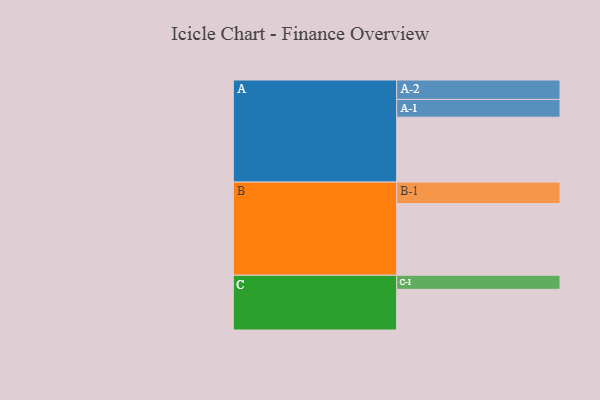
{"axis": {"x": "Segment", "y": "Value"}, "legend": ["", "A", "B", "C"], "data": [{"x": "A", "y": 507, "type": ""}, {"x": "B", "y": 560, "type": ""}, {"x": "C", "y": 318, "type": ""}, {"x": "A-1", "y": 139, "type": "A"}, {"x": "A-2", "y": 152, "type": "A"}, {"x": "B-1", "y": 168, "type": "B"}, {"x": "C-1", "y": 110, "type": "C"}]}